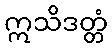
ဣသိဒတ္တံ